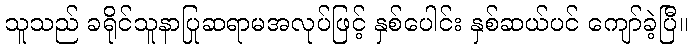
သူသည် ခရိုင်သူနာပြုဆရာမအလုပ်ဖြင့် နှစ်ပေါင်း နှစ်ဆယ်ပင် ကျော်ခဲ့ပြီ။